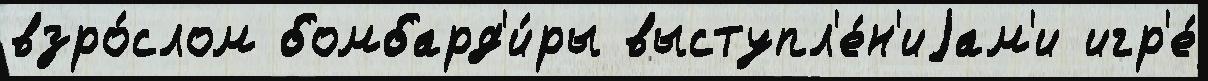
взро́слом бомбард'и́ры выступл'е́н'иjам'и игр'е́